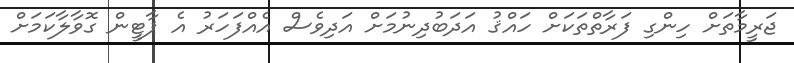
ޖަރީމާތަށް ހިންގި ފަރާތްތަކަށް ހައްޤު އަދަބުދިނުމަށް އަދިވެސް އެއްފަހަރު އެ ޕާޓީން ގޮވާލާކަމަށް